Civil Veterinary Department ledger series I-VI
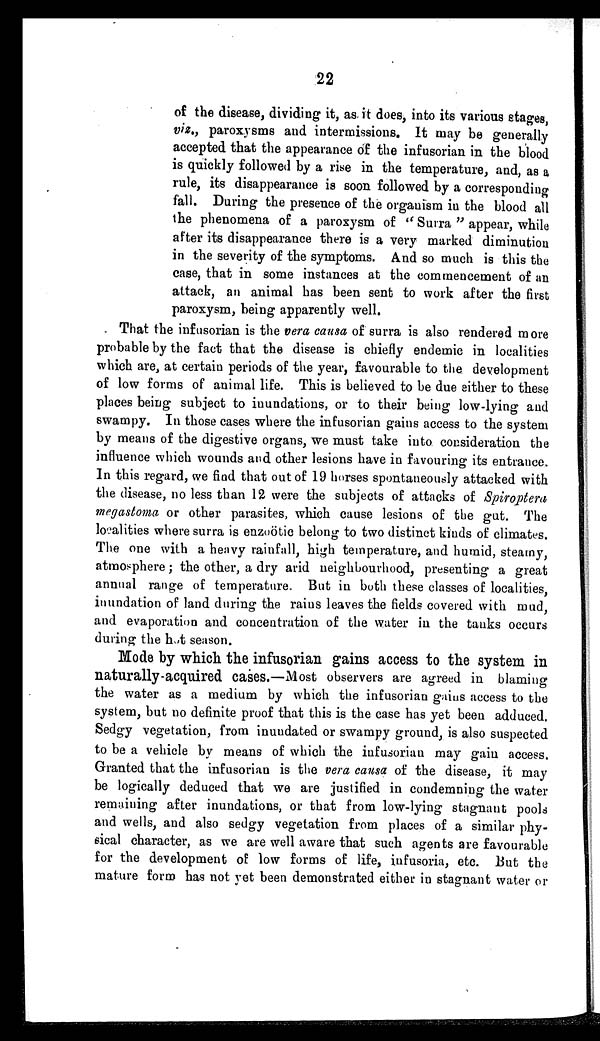
22
of the disease, dividing it, as it does, into its various stages,
viz., paroxysms and intermissions. It may be generally
accepted that the appearance of the infusorian in the blood
is quickly followed by a rise in the temperature, and, as a
rule, its disappearance is soon followed by a corresponding
fall. During the presence of the organism in the blood all
the phenomena of a paroxysm of "Surra" appear, while
after its disappearance there is a very marked diminution
in the severity of the symptoms. And so much is this the
case, that in some instances at the commencement of an
attack, an animal has been sent to work after the first
paroxysm, being apparently well.
That the infusorian is the vera causa of surra is also rendered more
probable by the fact that the disease is chiefly endemic in localities
which are, at certain periods of the year, favourable to the development
of low forms of animal life. This is believed to be due either to these
places being subject to inundations, or to their being low-lying and
swampy. In those cases where the infusorian gains access to the system
by means of the digestive organs, we must take into consideration the
influence which wounds and other lesions have in favouring its entrance.
In this regard, we find that out of 19 horses spontaneously attacked with
the disease, no less than 12 were the subjects of attacks of Spiroptera
megastoma or other parasites, which cause lesions of the gut. The
localities where surra is enzoötic belong to two distinct kinds of climates.
The one with a heavy rainfall, high temperature, and humid, steamy,
atmosphere; the other, a dry arid neighbourhood, presenting a great
annual range of temperature. But in both these classes of localities,
inundation of land during the rains leaves the fields covered with mud,
and evaporation and concentration of the water in the tanks occurs
during the hot season.
Mode by which the infusorian gains access to the system in
naturally-acquired cases.—Most observers are agreed in blaming
the water as a medium by which the infusorian gaius access to the
system, but no definite proof that this is the case has yet been adduced.
Sedgy vegetation, from inundated or swampy ground, is also suspected
to be a vehicle by means of which the infusorian may gain access.
Granted that the infusorian is the vera causa of the disease, it may
be logically deduced that we are justified in condemning the water
remaining after inundations, or that from low-lying stagnant pools
and wells, and also sedgy vegetation from places of a similar phy-
sical character, as we are well aware that such agents are favourable
for the development of low forms of life, infusoria, etc. But the
mature form has not yet been demonstrated either in stagnant water or